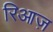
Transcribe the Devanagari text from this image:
रिआज़